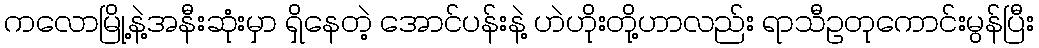
ကလောမြို့နဲ့အနီးဆုံးမှာ ရှိနေတဲ့ အောင်ပန်းနဲ့ ဟဲဟိုးတို့ဟာလည်း ရာသီဥတုကောင်းမွန်ပြီး